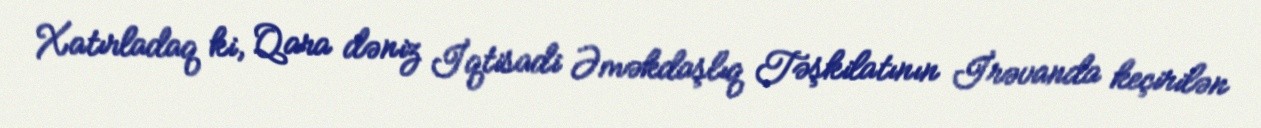
Xatırladaq ki, Qara dəniz İqtisadi Əməkdaşlıq Təşkilatının İrəvanda keçirilən